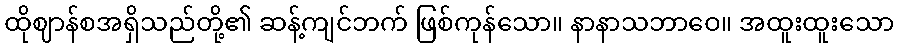
ထိုဈာန်စအရှိသည်တို့၏ ဆန့်ကျင်ဘက် ဖြစ်ကုန်သော။ နာနာသဘာဝေ။ အထူးထူးသော